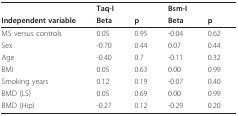
<table><thead><tr><td></td><td><b>Taq-I</b></td><td></td><td><b>Bsm-I</b></td><td></td></tr><tr><td><b>Independent variable</b></td><td><b>Beta</b></td><td><b>p</b></td><td><b>Beta</b></td><td><b>p</b></td></tr></thead><tbody><tr><td>MS versus controls</td><td>0.05</td><td>0.95</td><td>-0.04</td><td>0.62</td></tr><tr><td>Sex</td><td>-0.70</td><td>0.44</td><td>0.07</td><td>0.44</td></tr><tr><td>Age</td><td>-0.40</td><td>0.7</td><td>-0.11</td><td>0.32</td></tr><tr><td>BMI</td><td>0.05</td><td>0.63</td><td>0.00</td><td>0.99</td></tr><tr><td>Smoking years</td><td>0.12</td><td>0.19</td><td>-0.07</td><td>0.40</td></tr><tr><td>BMD (LS)</td><td>0.05</td><td>0.69</td><td>0.00</td><td>0.99</td></tr><tr><td>BMD (Hip)</td><td>-0.27</td><td>0.12</td><td>-0.29</td><td>0.20</td></tr></tbody></table>